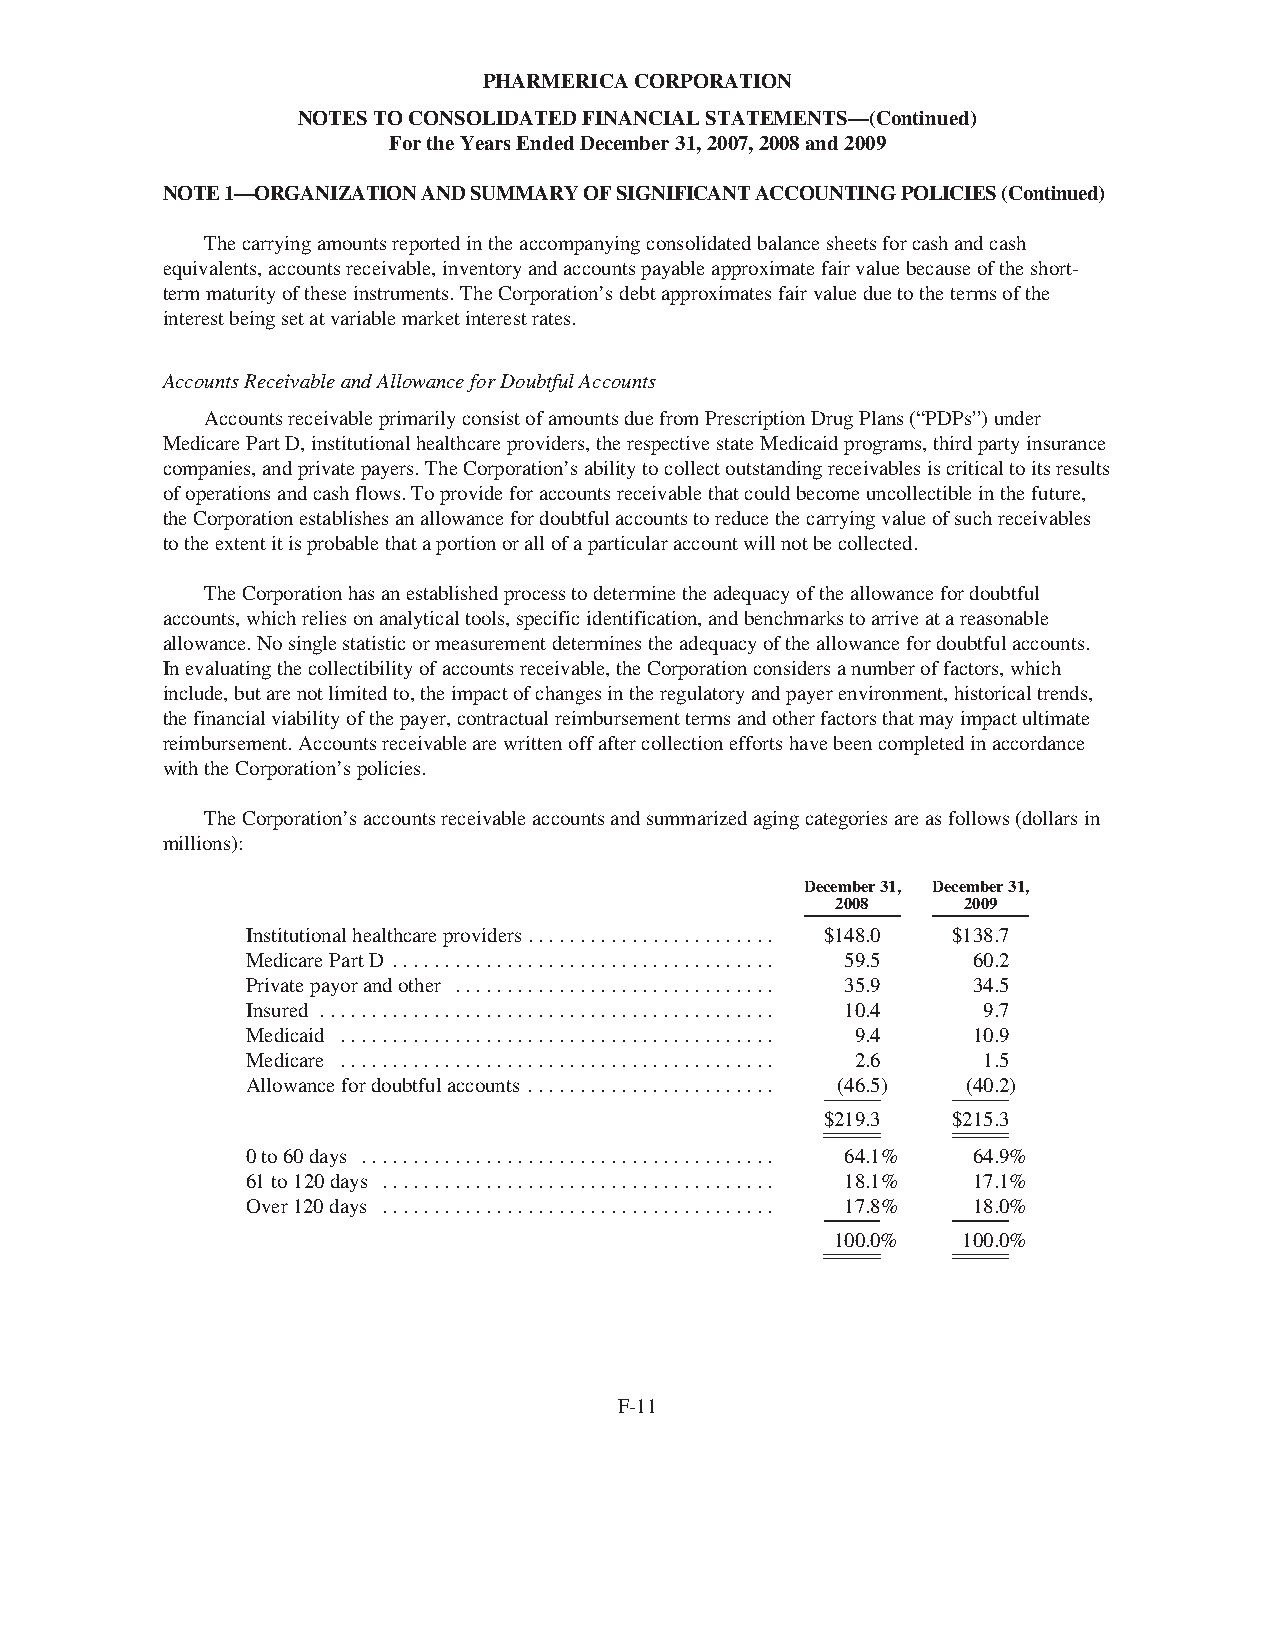
PHARMERICACORPORATION
 NOTESTOCONSOLIDATEDFINANCIALSTATEMENTS—(Continued)
 FortheYearsEndedDecember31,2007,2008and2009
 NOTE1—ORGANIZATIONANDSUMMARYOFSIGNIFICANTACCOUNTINGPOLICIES(Continued)
 Thecarryingamountsreportedintheaccompanyingconsolidatedbalancesheetsforcashandcash
 equivalents,accountsreceivable,inventoryandaccountspayableapproximatefairvaluebecauseoftheshort-
 termmaturityoftheseinstruments.TheCorporation’sdebtapproximatesfairvalueduetothetermsofthe
 interestbeingsetatvariablemarketinterestrates.
 AccountsReceivableandAllowanceforDoubtfulAccounts
 AccountsreceivableprimarilyconsistofamountsduefromPrescriptionDrugPlans(“PDPs”)under
 MedicarePartD,institutionalhealthcareproviders,therespectivestateMedicaidprograms,thirdpartyinsurance
 companies,andprivatepayers.TheCorporation’sabilitytocollectoutstandingreceivablesiscriticaltoitsresults
 ofoperationsandcashflows.Toprovideforaccountsreceivablethatcouldbecomeuncollectibleinthefuture,
 theCorporationestablishesanallowancefordoubtfulaccountstoreducethecarryingvalueofsuchreceivables
 totheextentitisprobablethataportionorallofaparticularaccountwillnotbecollected.
 TheCorporationhasanestablishedprocesstodeterminetheadequacyoftheallowancefordoubtful
 accounts,whichreliesonanalyticaltools,specificidentification,andbenchmarkstoarriveatareasonable
 allowance.Nosinglestatisticormeasurementdeterminestheadequacyoftheallowancefordoubtfulaccounts.
 Inevaluatingthecollectibilityofaccountsreceivable,theCorporationconsidersanumberoffactors,which
 include,butarenotlimitedto,theimpactofchangesintheregulatoryandpayerenvironment,historicaltrends,
 thefinancialviabilityofthepayer,contractualreimbursementtermsandotherfactorsthatmayimpactultimate
 reimbursement.Accountsreceivablearewrittenoffaftercollectioneffortshavebeencompletedinaccordance
 withtheCorporation’spolicies.
 TheCorporation’saccountsreceivableaccountsandsummarizedagingcategoriesareasfollows(dollarsin
 millions):
 December31, December31,
 2008     2009
 Institutionalhealthcareproviders........................ $148.0 $138.7
 MedicarePartD ..................................... 59.5 60.2
 Privatepayorandother ............................... 35.9 34.5
 Insured ............................................ 10.4 9.7
 Medicaid .......................................... 9.4 10.9
 Medicare .......................................... 2.6 1.5
 Allowancefordoubtfulaccounts ........................ (46.5) (40.2)
 $219.3  $215.3
 0to60days ........................................ 64.1% 64.9%
 61to120days ...................................... 18.1% 17.1%
 Over120days ...................................... 17.8% 18.0%
 100.0%   100.0%
 F-11